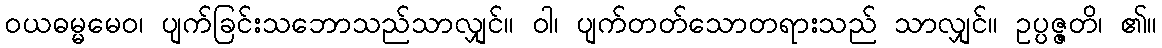
ဝယဓမ္မမေဝ၊ ပျက်ခြင်းသဘောသည်သာလျှင်။ ဝါ၊ ပျက်တတ်သောတရားသည် သာလျှင်။ ဥပ္ပဇ္ဇတိ၊ ၏။